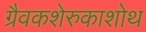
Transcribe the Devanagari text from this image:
ग्रैवकशेरुकाशोथ